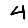
Digit: 4